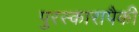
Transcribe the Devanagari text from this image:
पुरस्कारापैकी